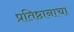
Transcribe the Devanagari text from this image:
प्रतिष्ठानाचा